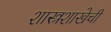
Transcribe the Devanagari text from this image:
शास्त्रशाखेची